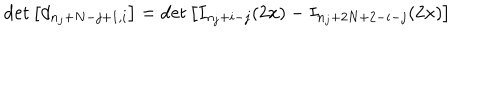
\det \left[ d _ { n _ { j } + N - j + 1 , i } \right] = \det \left[ I _ { n _ { j } + i - j } ( 2 x ) - I _ { n _ { j } + 2 N + 2 - i - j } ( 2 x ) \right]